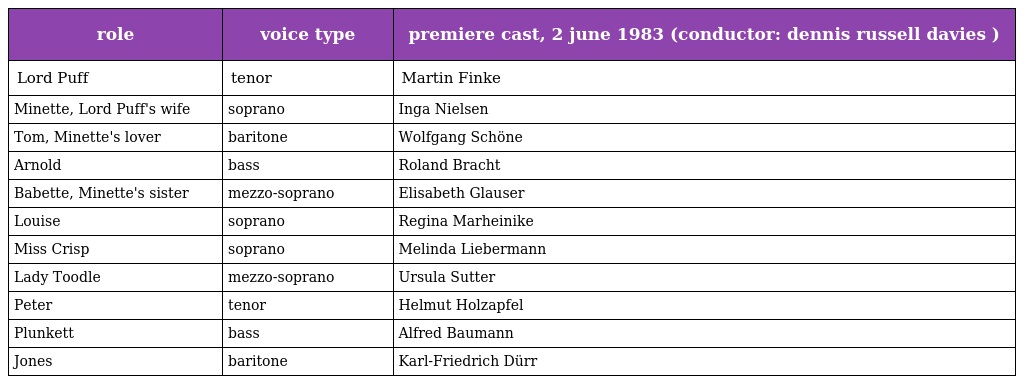
| role | voice type | premiere cast, 2 june 1983 (conductor: dennis russell davies ) |
 | --- | --- | --- |
 | Lord Puff | tenor | Martin Finke |
 | Minette, Lord Puff's wife | soprano | Inga Nielsen |
 | Tom, Minette's lover | baritone | Wolfgang Schöne |
 | Arnold | bass | Roland Bracht |
 | Babette, Minette's sister | mezzo-soprano | Elisabeth Glauser |
 | Louise | soprano | Regina Marheinike |
 | Miss Crisp | soprano | Melinda Liebermann |
 | Lady Toodle | mezzo-soprano | Ursula Sutter |
 | Peter | tenor | Helmut Holzapfel |
 | Plunkett | bass | Alfred Baumann |
 | Jones | baritone | Karl-Friedrich Dürr |